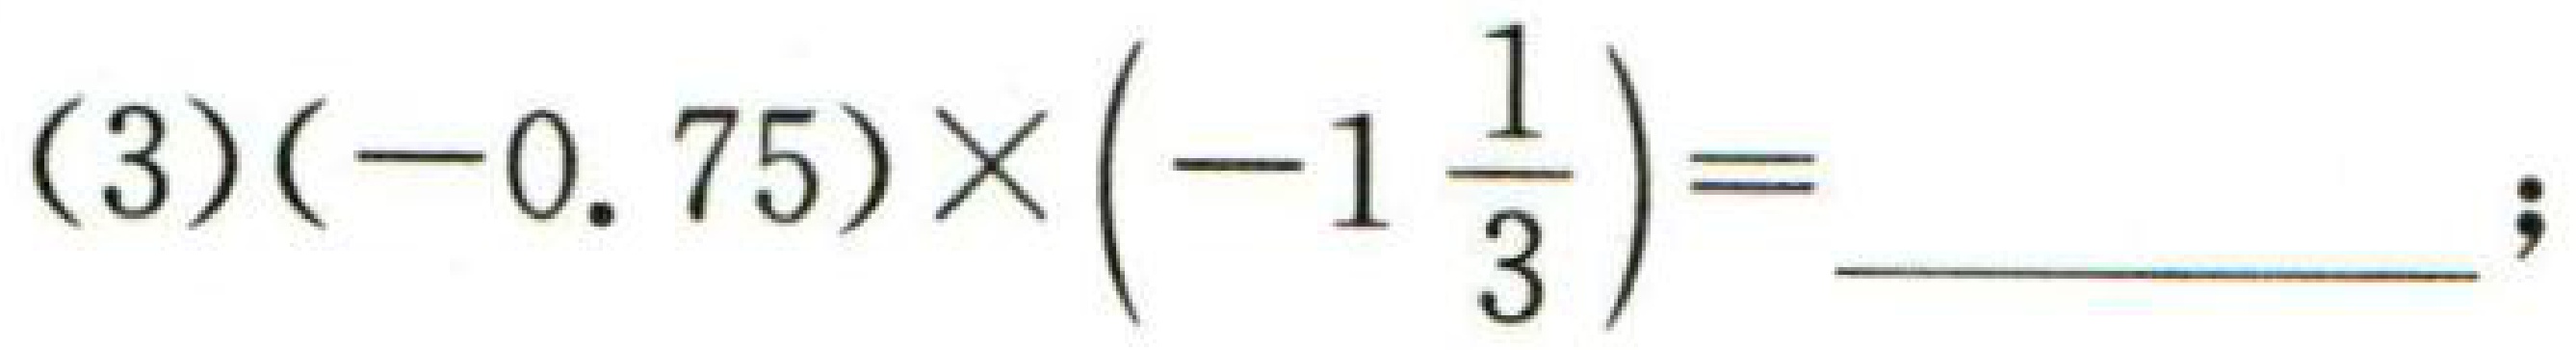
$(3)(-0.75)\times\left(-1\frac{1}{3}\right)=$  ；